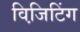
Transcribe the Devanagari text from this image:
विजि़टिंग